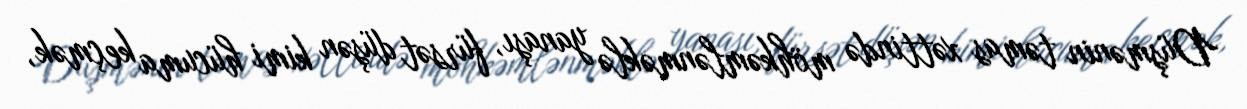
Düşmənin təmas xəttində möhkəmlənməklə yanaşı, fürsət düşən kimi hücuma keçmək,